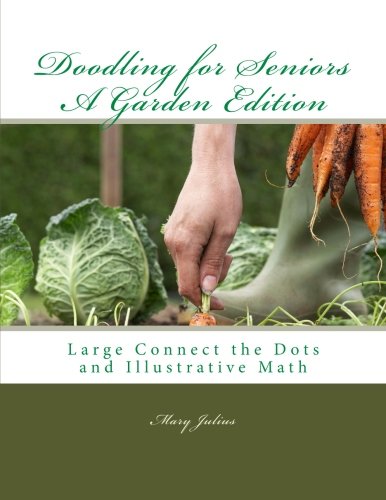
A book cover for Doodling for Seniors A Garden Edition: Large Connect the Dots and Illustrative Math (Volume 3); Mary Julius; Health, Fitness & Dieting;